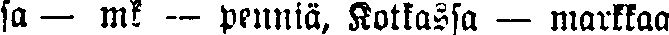
sa — mk -- penniä, Kotkassa — markkaa